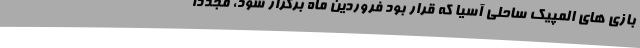
بازی های المپیک ساحلی آسیا که قرار بود فروردین ماه برگزار شود، مجددا